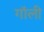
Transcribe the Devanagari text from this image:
गॉली